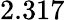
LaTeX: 2.317